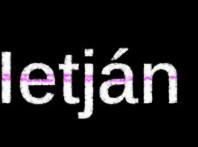
Ietján